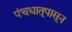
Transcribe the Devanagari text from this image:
पंचधातूपासून